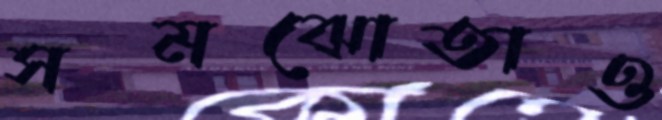
সমঝোতাও